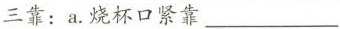
三靠：a.烧杯口紧靠___